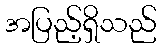
အပြည့်ရှိသည်